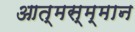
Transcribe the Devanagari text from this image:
आत्मस्म्मान